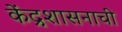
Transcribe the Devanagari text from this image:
केंद्रशासनाची